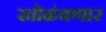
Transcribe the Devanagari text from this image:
खोळंबणार